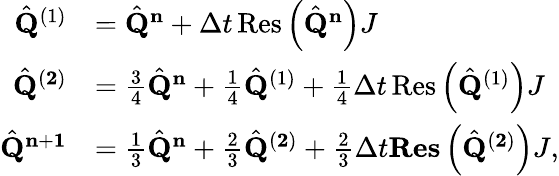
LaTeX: \begin{array}{rl}{\hat{\mathbf{Q}}^{(1)}}&{=\hat{\mathbf{Q}}^{\mathbf{n}}+\Delta t\operatorname{Res}\left(\hat{\mathbf{Q}}^{\mathbf{n}}\right)J}\\ {\hat{\mathbf{Q}}^{(\mathbf{2})}}&{=\frac{3}{4}\hat{\mathbf{Q}}^{\mathbf{n}}+\frac{1}{4}\hat{\mathbf{Q}}^{(1)}+\frac{1}{4}\Delta t\operatorname{Res}\left(\hat{\mathbf{Q}}^{(1)}\right)J}\\ {\hat{\mathbf{Q}}^{\mathbf{n}+\mathbf{1}}}&{=\frac{1}{3}\hat{\mathbf{Q}}^{\mathbf{n}}+\frac{2}{3}\hat{\mathbf{Q}}^{(\mathbf{2})}+\frac{2}{3}\Delta t\mathbf{Res}\left(\hat{\mathbf{Q}}^{(\mathbf{2})}\right)J,}\end{array}